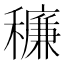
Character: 䆂